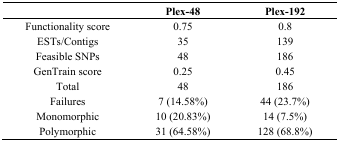
|  | Plex-48 | Plex-192 |
 | --- | --- | --- |
 | Functionality score | 0.75 | 0.8 |
 | ESTs/Contigs | 35 | 139 |
 | Feasible SNPs | 48 | 186 |
 | GenTrain score | 0.25 | 0.45 |
 | Total | 48 | 186 |
 | Failures | 7 (14.58%) | 44 (23.7%) |
 | Monomorphic | 10 (20.83%) | 14 (7.5%) |
 | Polymorphic | 31 (64.58%) | 128 (68.8%) |